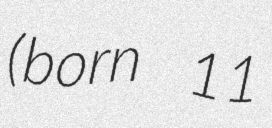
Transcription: (born 11